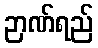
ဉာဏ်ရည်